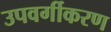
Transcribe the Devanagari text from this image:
उपवर्गीकरण